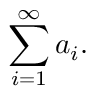
\sum _ { i = 1 } ^ { \infty } a _ { i } .